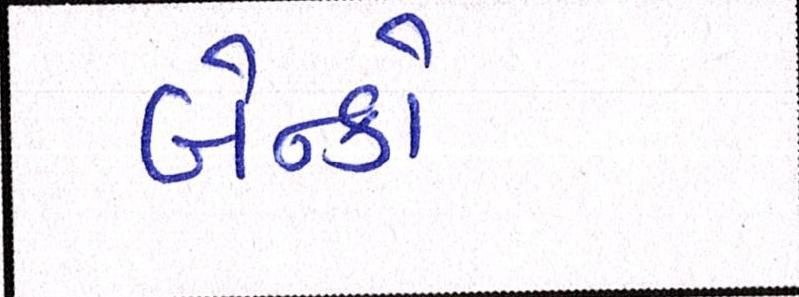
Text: બેન્કો